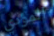
المؤدي